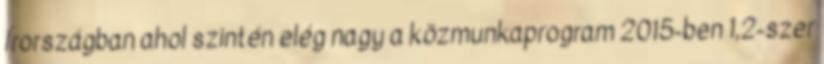
Írországban ahol szintén elég nagy a közmunkaprogram 2015-ben 1,2-szer